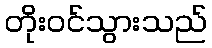
တိုးဝင်သွားသည်